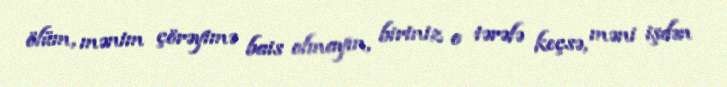
ölüm, mənim çörəyimə bais olmayın, biriniz o tərəfə keçsə, məni işdən